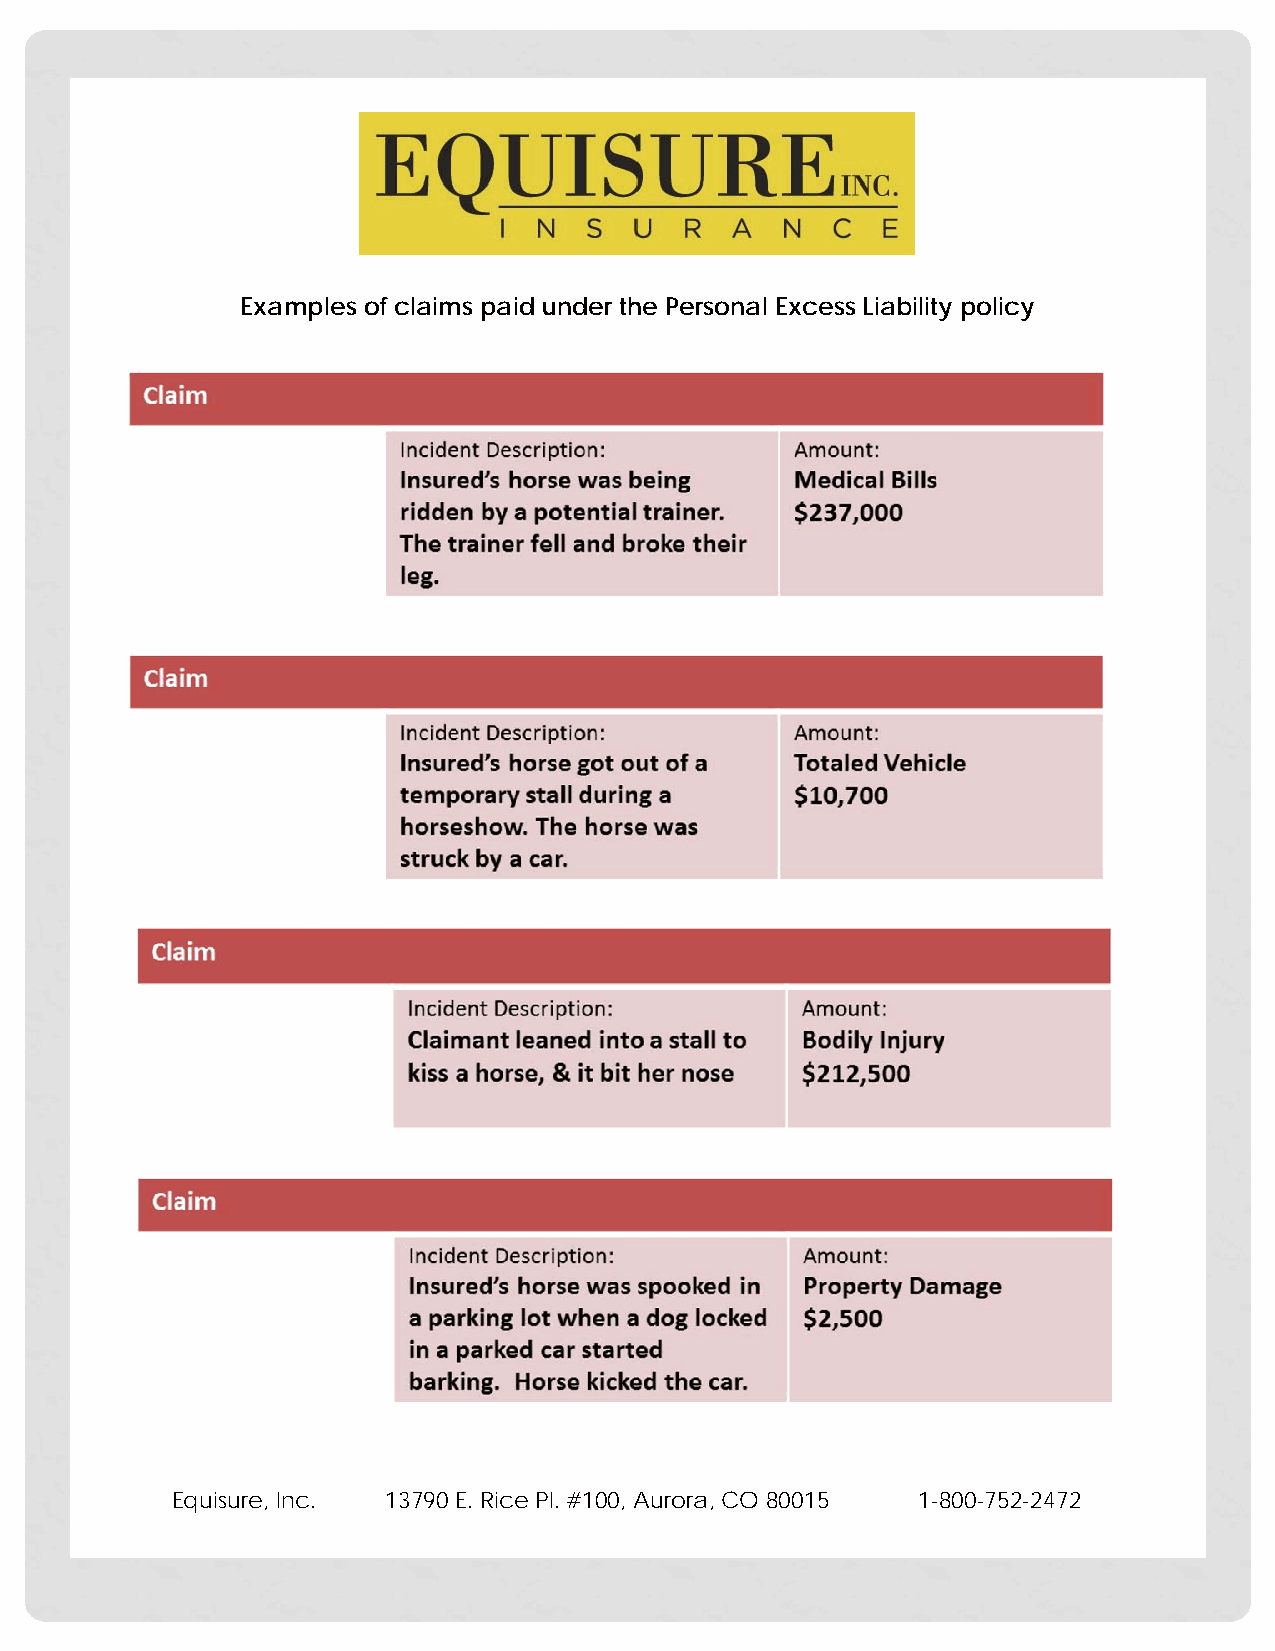
Examples of claims paid under the Personal Excess Liability policy
 Equisure, Inc. 13790 E. Rice Pl. #100, Aurora, CO 80015 1-800-752-2472
 October 5, 20 17 Page 42